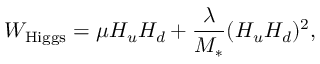
W _ { \mathrm { H i g g s } } = \mu H _ { u } H _ { d } + { \frac { \lambda } { M _ { * } } } ( H _ { u } H _ { d } ) ^ { 2 } ,